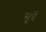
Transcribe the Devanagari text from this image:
सूर्त्रे